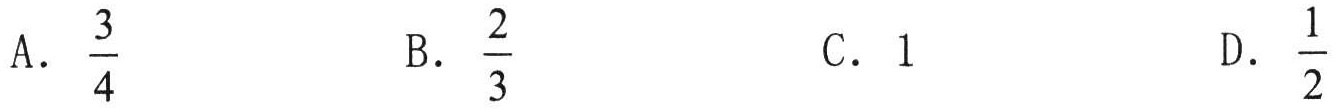
A. \(\dfrac{3}{4}\)  B. \(\dfrac{2}{3}\)  C. \(1\)  D. \(\dfrac{1}{2}\)